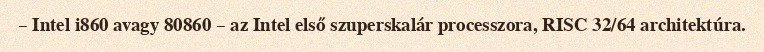
– Intel i860 avagy 80860 – az Intel első szuperskalár processzora, RISC 32/64 architektúra.